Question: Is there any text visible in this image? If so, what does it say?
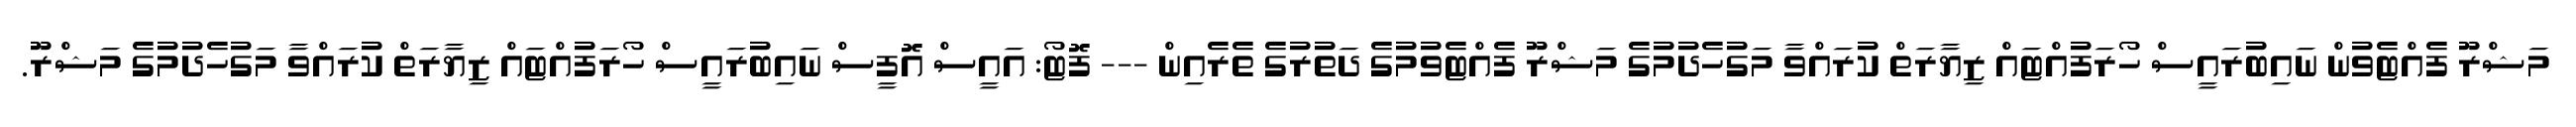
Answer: މަޝްރޫ ފެއްޓެވުން ނައިބުރައީސް ހޯރަފުއްޓައް ޒިޔާރަތް ކުރައްވާ މަގުހެދުމުގެ މަޝްރޫ ފެއްޓެވުމުގެ ދަތުރުގެ ތެރެއިން --- ފޮޓޯ: އައީސް އޮފީސް ނައިބުރައީސް ހޯރަފުއްޓައް ޒިޔާރަތް ކުރައްވާ މަގުހެދުމުގެ މަޝްރޫ.